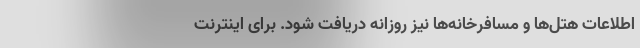
اطلاعات هتل‌ها و مسافرخانه‌ها نیز روزانه دریافت شود. برای اینترنت